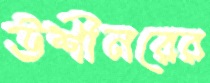
উশীনরের